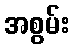
အစွမ်း